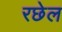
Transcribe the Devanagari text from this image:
रछेल